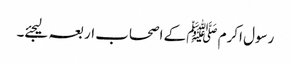
رسول اکرم ﷺ کے اصحاب اربعہ لیجئے۔